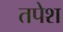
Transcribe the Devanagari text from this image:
तपेश